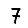
Digit: 7